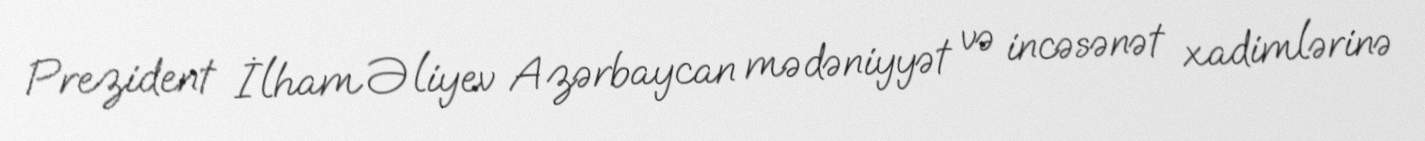
Prezident İlham Əliyev Azərbaycan mədəniyyət və incəsənət xadimlərinə